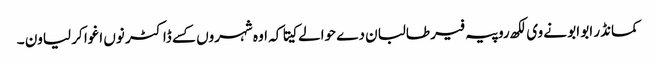
کمانڈر ابو ابو نے وی لکھ روپیہ فیر طالبان دے حوالے کیتا کہ اوہ شہروں کسے ڈاکٹر نوں اغوا کر لیاون ۔